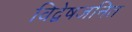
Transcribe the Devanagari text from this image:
विद्वेषजनित